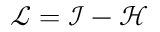
\begin{array} { r } { \mathcal { L } = \mathcal { I } - \mathcal { H } } \end{array}